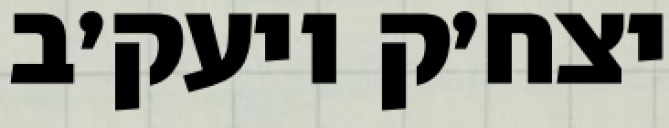
יצח׳ק ויעק׳ב